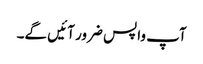
آپ واپس ضرور آئیں گے۔